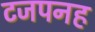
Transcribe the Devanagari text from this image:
टजपनह